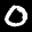
Label: 0